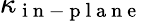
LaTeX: \kappa_{\mathrm{~i~n~-~p~l~a~n~e~}}